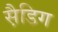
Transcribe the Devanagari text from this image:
स़ैडिग